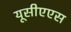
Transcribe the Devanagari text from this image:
यूसीएएस